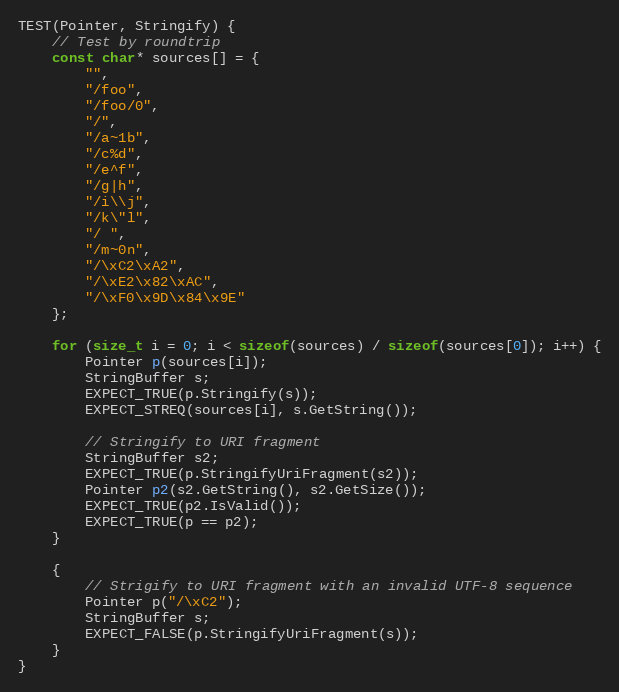
Language: C++
TEST(Pointer, Stringify) {
    // Test by roundtrip
    const char* sources[] = {
        "",
        "/foo",
        "/foo/0",
        "/",
        "/a~1b",
        "/c%d",
        "/e^f",
        "/g|h",
        "/i\\j",
        "/k\"l",
        "/ ",
        "/m~0n",
        "/\xC2\xA2",
        "/\xE2\x82\xAC",
        "/\xF0\x9D\x84\x9E"
    };

    for (size_t i = 0; i < sizeof(sources) / sizeof(sources[0]); i++) {
        Pointer p(sources[i]);
        StringBuffer s;
        EXPECT_TRUE(p.Stringify(s));
        EXPECT_STREQ(sources[i], s.GetString());

        // Stringify to URI fragment
        StringBuffer s2;
        EXPECT_TRUE(p.StringifyUriFragment(s2));
        Pointer p2(s2.GetString(), s2.GetSize());
        EXPECT_TRUE(p2.IsValid());
        EXPECT_TRUE(p == p2);
    }

    {
        // Strigify to URI fragment with an invalid UTF-8 sequence
        Pointer p("/\xC2");
        StringBuffer s;
        EXPECT_FALSE(p.StringifyUriFragment(s));
    }
}